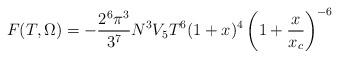
LaTeX: \begin{align*}F (T,\Omega) = -\frac{2^6 \pi^3}{3^7} N^3 V_5 T^6 (1+x)^{4}\left( 1 + \frac{x }{x_c} \right)^{-6}\end{align*}